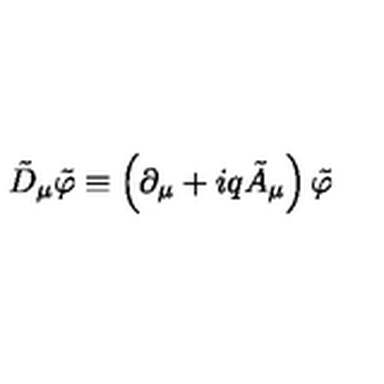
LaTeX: \tilde { D } _ { \mu } \tilde { \varphi } \equiv \left( \partial _ { \mu } + i q \tilde { A } _ { \mu } \right) \tilde { \varphi }